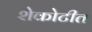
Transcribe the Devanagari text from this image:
शेकोटीत